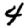
Digit: 4